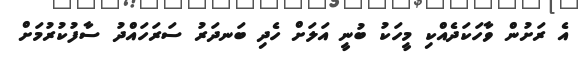
އެ ރަށުން ވާހަކަދެއްކި މީހަކު ބުނީ އަލަށް ހެދި ބަނދަރު ސަރަހައްދު ސާފުކުރުމަށް